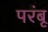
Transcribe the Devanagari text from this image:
परंबू